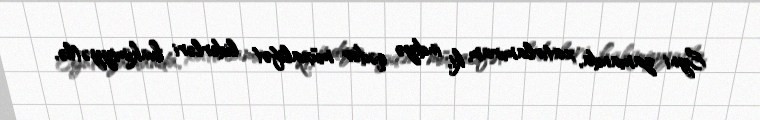
Eyni zamanda, xatırlamıram ki, indiyə qədər müxalifət liderləri hakimiyyətlə,